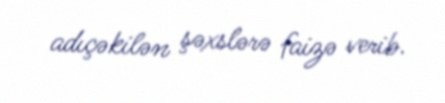
adıçəkilən şəxslərə faizə verib.